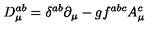
D _ { \mu } ^ { a b } = \delta ^ { a b } \partial _ { \mu } - g f ^ { a b c } A _ { \mu } ^ { c }